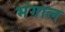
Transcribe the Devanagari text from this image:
भंगाल